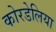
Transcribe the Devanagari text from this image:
कोरडेलिया